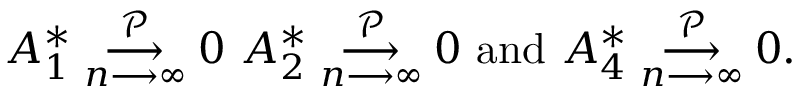
A _ { 1 } ^ { \ast } \underset { n \longrightarrow \infty } { \overset { \mathcal { P } } { \longrightarrow } } 0 \mathrm { ~ } A _ { 2 } ^ { \ast } \underset { n \longrightarrow \infty } { \overset { \mathcal { P } } { \longrightarrow } } 0 \mathrm { ~ a n d ~ } A _ { 4 } ^ { \ast } \underset { n \longrightarrow \infty } { \overset { \mathcal { P } } { \longrightarrow } } 0 .